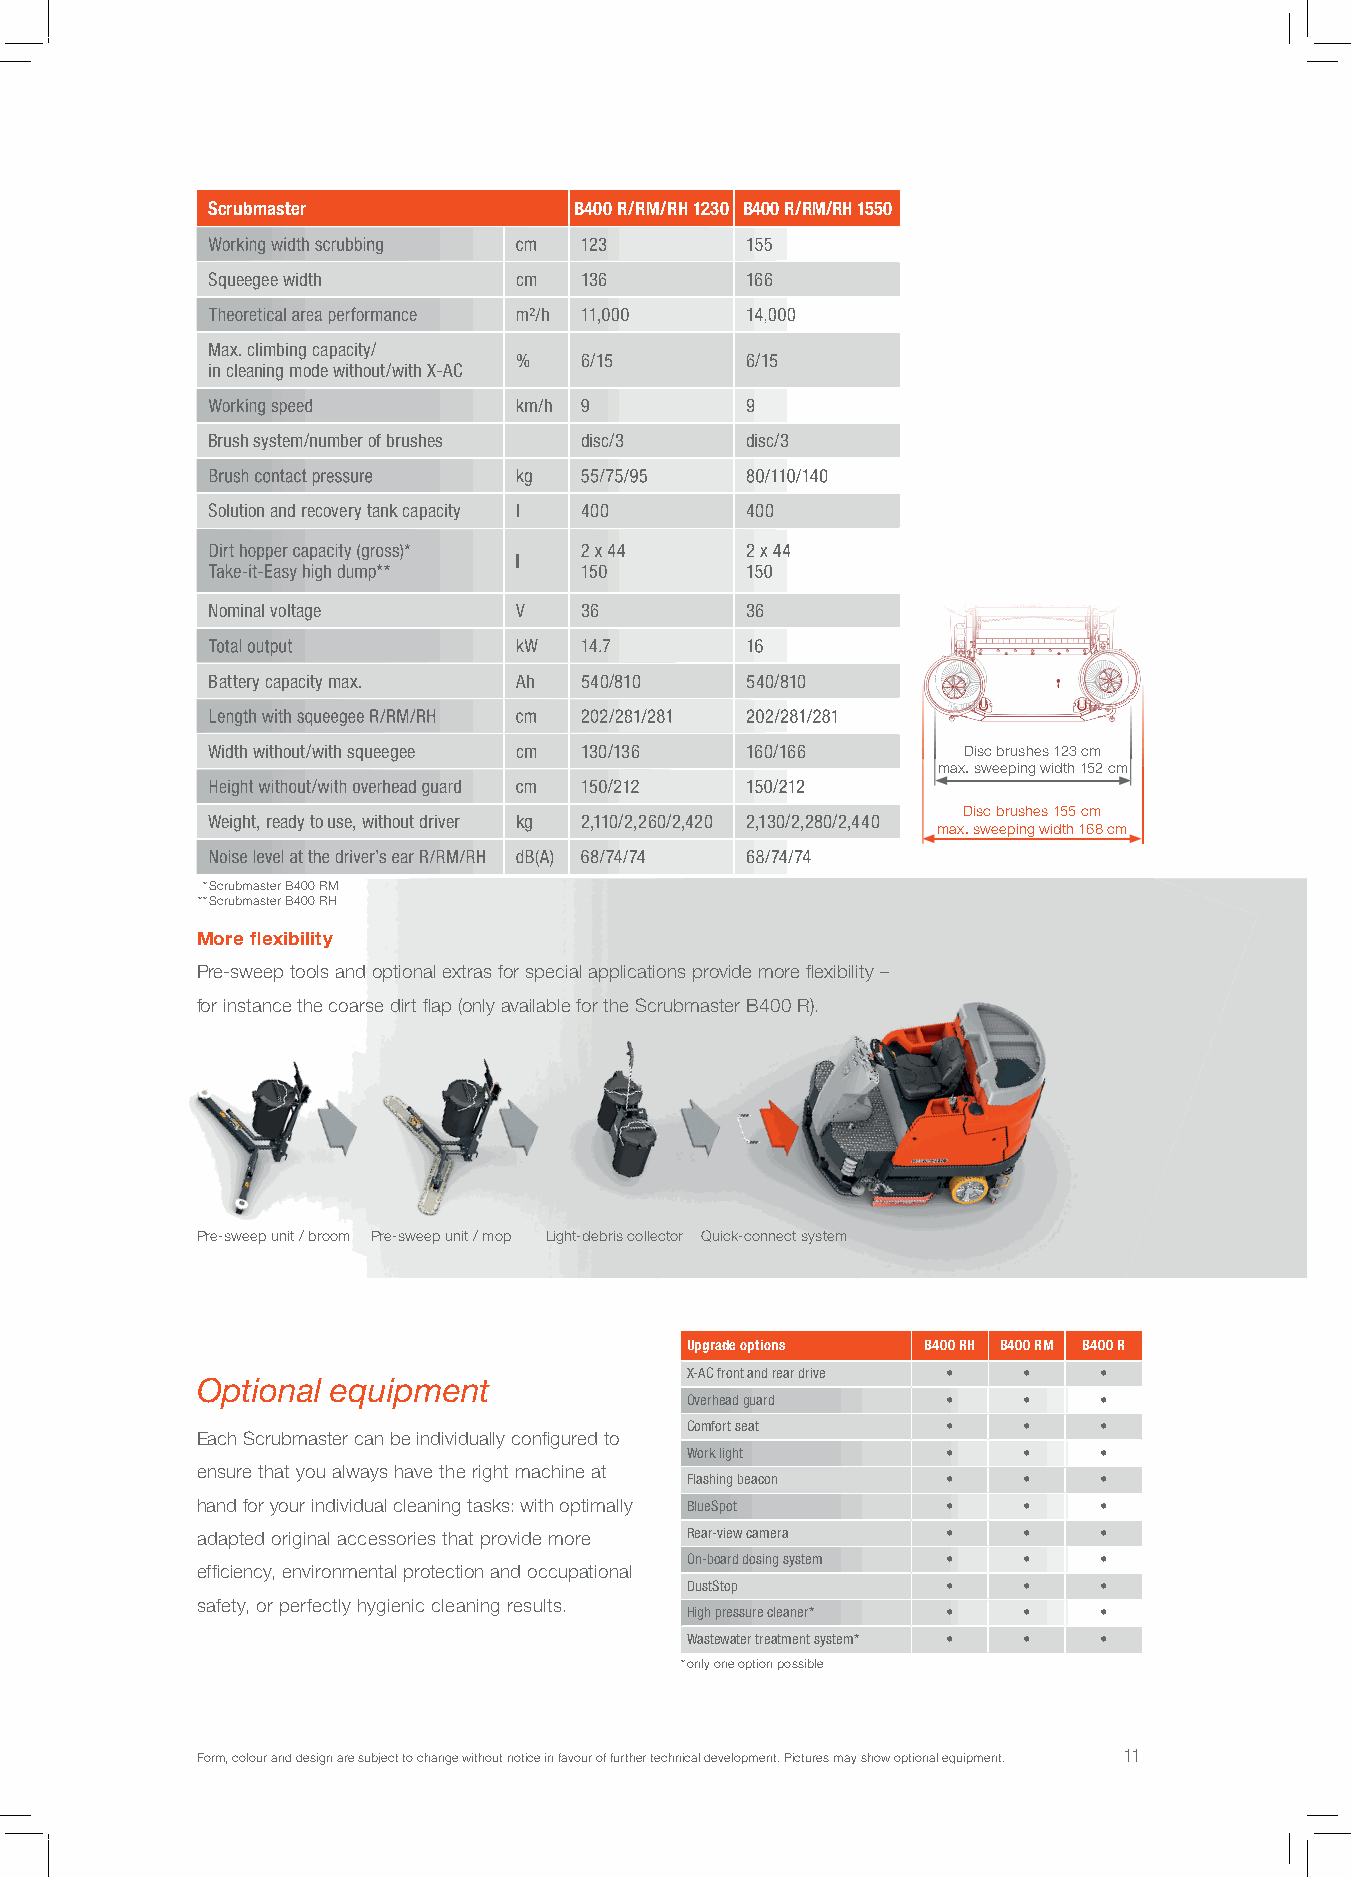
Scrubmaster             B400 R/RM/RH 1230 B400 R/RM/RH 1550
 Working width scrubbing cm 123     155
 Squeegee width      cm  136        166
 Theoretical area performance m²/h 11,000 14,000
 Max. climbing capacity/
 %   6/15       6/15
 in cleaning mode without/with X-AC
 Working speed       km/h 9         9
 Brush system/number of brushes disc/3 disc/3
 Brush contact pressure kg 55/75/95 80/110/140
 Solution and recovery tank capacity l 400 400
 Dirt hopper capacity (gross)* 2 x 44 2 x 44
 l
 Take-it-Easy high dump** 150       150
 Nominal voltage     V   36         36
 Total output        kW  14.7       16
 Battery capacity max. Ah 540/810   540/810
 Length with squeegee R/RM/RH cm 202/281/281 202/281/281
 Width without/with squeegee cm 130/136 160/166    Disc brushes 123 cm
 max. sweeping width 152 cm
 Height without/with overhead guard cm 150/212 150/212
 Disc brushes 155 cm
 Weight, ready to use, without driver kg 2,110/2,260/2,420 2,130/2,280/2,440
 max. sweeping width 168 cm
 Noise level at the driver’s ear R/RM/RH dB(A) 68/74/74 68/74/74
 * Scrubmaster B400 RM
 ** Scrubmaster B400 RH
 More fl exibility
 Pre-sweep tools and optional extras for special applications provide more fl exibility –
 for instance the coarse dirt fl ap (only available for the Scrubmaster B400 R).
 Pre-sweep unit / broom Pre-sweep unit / mop Light-debris collector Quick-connect system
 Upgrade options B400 RH B400 RM B400 R
 X-AC front and rear drive • • •
 Optional equipment
 Overhead guard    •    •    •
 Comfort seat      •    •    •
 Each Scrubmaster can be individually confi gured to
 Work light        •    •    •
 ensure that you always have the right machine at
 Flashing beacon   •    •    •
 hand for your individual cleaning tasks: with optimally BlueSpot • • •
 adapted original accessories that provide more Rear-view camera • • •
 On-board dosing system • •  •
 effi ciency, environmental protection and occupational
 DustStop          •    •    •
 safety, or perfectly hygienic cleaning results.
 High pressure cleaner* • •  •
 Wastewater treatment system* • • •
 * only one option possible
 Form, colour and design are subject to change without notice in favour of further technical development. Pictures may show optional equipment. 11